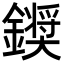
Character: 𮣗